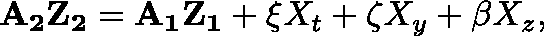
\mathbf { A _ { 2 } Z _ { 2 } } = \mathbf { A _ { 1 } Z _ { 1 } } + \mathbf { \xi } X _ { t } + \mathbf { \zeta } X _ { y } + \mathbf { \beta } X _ { z } ,